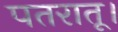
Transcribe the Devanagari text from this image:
पतरातू।